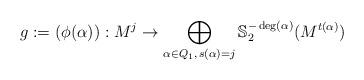
LaTeX: \begin{align*}g:=(\phi(\alpha)) : M^{j} \to \bigoplus_{\alpha\in Q_{1},\,s(\alpha)=j}\mathbb{S}_{2}^{-\deg(\alpha)}(M^{t(\alpha)})\end{align*}